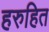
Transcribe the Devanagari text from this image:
हरुहित